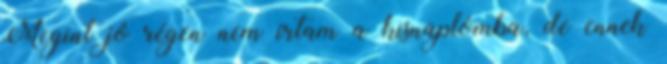
Megint jó régen nem írtam a kisnaplómba, de ennek